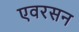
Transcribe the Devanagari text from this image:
एवरसन